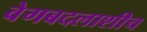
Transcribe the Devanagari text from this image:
वेगबदलाशीच